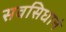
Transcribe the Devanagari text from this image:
सवसिधानं